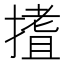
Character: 𭢈